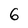
Character: 6